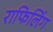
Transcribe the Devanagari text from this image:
राफिलिंग